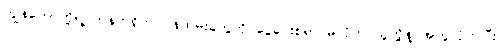
ကျွန်တော်တို့ရဲ့ ကန်ထရိုက် ဝန်ထမ်းတွေကို ငွေပေးစရာ မလိုဘဲ သူတို့နဲ့ အတူလိုက်ပြီး